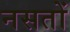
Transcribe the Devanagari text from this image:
नसतों